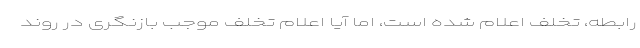
رابطه، تخلف اعلام شده است، اما آیا اعلام تخلف موجب بازنگری در روند